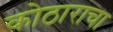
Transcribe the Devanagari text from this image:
कोठाराचा